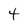
Character: 4